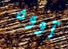
آووه